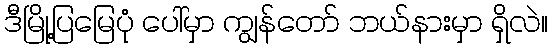
ဒီမြို့ပြမြေပုံ ပေါ်မှာ ကျွန်တော် ဘယ်နားမှာ ရှိလဲ။